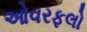
ઓવરફલો